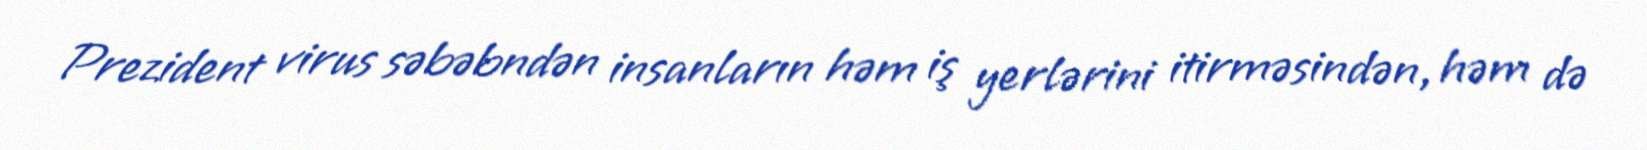
Prezident virus səbəbndən insanların həm iş yerlərini itirməsindən, həm də